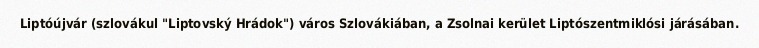
Liptóújvár (szlovákul "Liptovský Hrádok") város Szlovákiában, a Zsolnai kerület Liptószentmiklósi járásában.